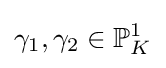
\gamma _{1},\gamma _{2}\in \mathbb {P} _{K}^{1}